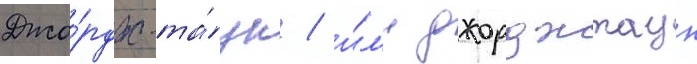
Джо́рдж-та́ун / и́л'и джорджтаун